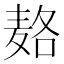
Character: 𱋓